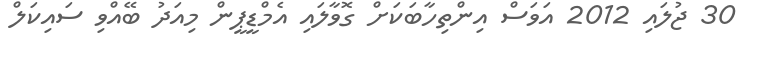
30 ޖުލައި 2012 އަވަސް އިންތިހާބަކަށް ގޮވާލައި އެމްޑީޕީން މިއަދު ބޭއްވި ސައިކަލް